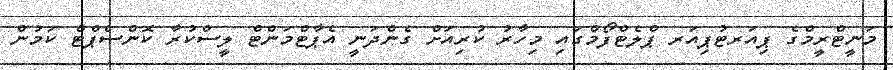
މަނީޓްރީމްގެ ޕިއަރޓުޕިއަރ ޕްލެޓްފޯމްގައި މިހާރު ކުރިއަށް ގެންދަނީ އެޕާޓްމަންޓް ލީސްކުރާ ކޮންސެޕްޓް ކަމުން